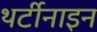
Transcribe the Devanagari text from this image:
थर्टीनाइन